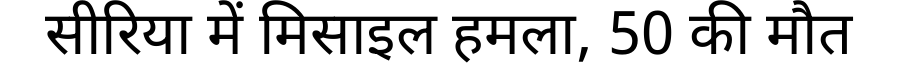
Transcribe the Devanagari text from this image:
सीरिया में मिसाइल हमला, 50 की मौत